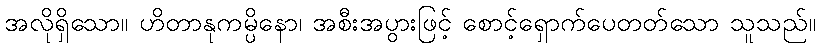
အလိုရှိသော။ ဟိတာနုကမ္ပိနော၊ အစီးအပွားဖြင့် စောင့်ရှောက်ပေတတ်သော သူသည်။